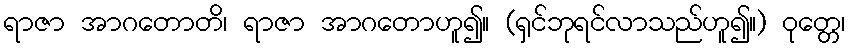
ရာဇာ အာဂတောတိ၊ ရာဇာ အာဂတောဟူ၍။ (ရှင်ဘုရင်လာသည်ဟူ၍။) ဝုတ္တေ၊